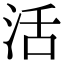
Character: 活